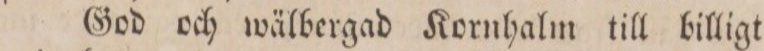
God och wälbergad Kornhalm till billigt